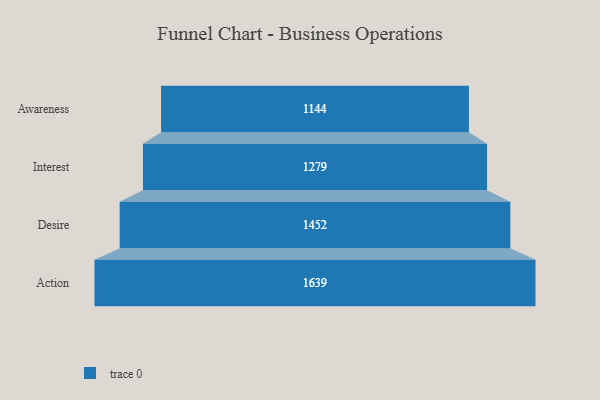
{"axis": {"x": "Stage", "y": "Value"}, "legend": [""], "data": [{"x": "Awareness", "y": 1144.0, "type": ""}, {"x": "Interest", "y": 1279.0, "type": ""}, {"x": "Desire", "y": 1452.0, "type": ""}, {"x": "Action", "y": 1639.0, "type": ""}]}